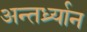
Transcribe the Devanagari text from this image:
अन्तर्ध्र्यान